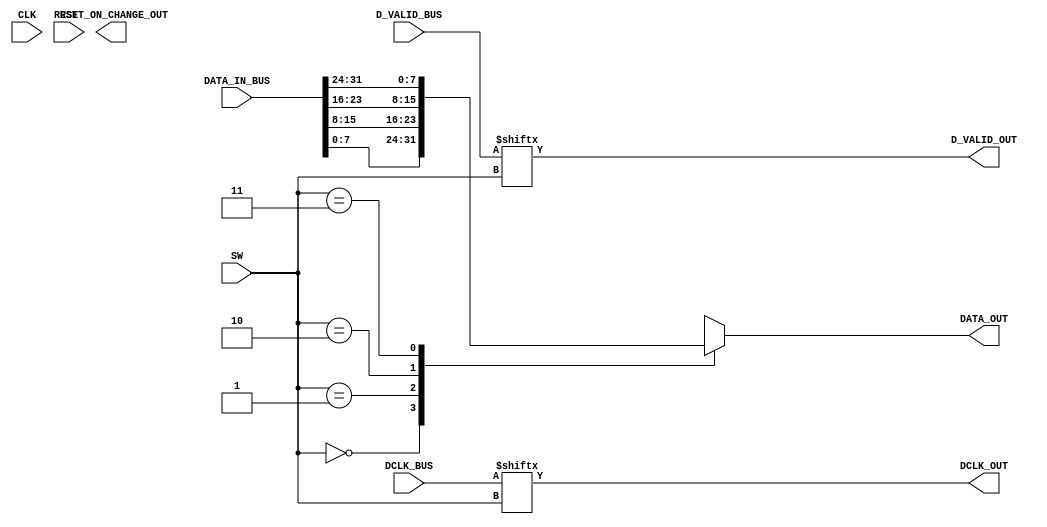
module select_output(
input CLK,
input RST,

input [1:0] SW,

input [31:0] DATA_IN_BUS,
input [3:0] DCLK_BUS,
input [3:0] D_VALID_BUS,

output [7:0] DATA_OUT,
output DCLK_OUT,
output D_VALID_OUT,

output reg RESET_ON_CHANGE_OUT
);

wire [7:0] DATA_IN [3:0];
genvar i;
generate
for(i=0; i<4; i=i+1)
	begin: wow
	assign DATA_IN[i] = DATA_IN_BUS[(8*i+7):(8*i)];
	end
endgenerate

assign DATA_OUT = DATA_IN[select];
assign DCLK_OUT = DCLK_BUS[select];
assign D_VALID_OUT = D_VALID_BUS[select];

wire [1:0] select = SW;						// what goes to ASI output selected by "switch"

endmodule